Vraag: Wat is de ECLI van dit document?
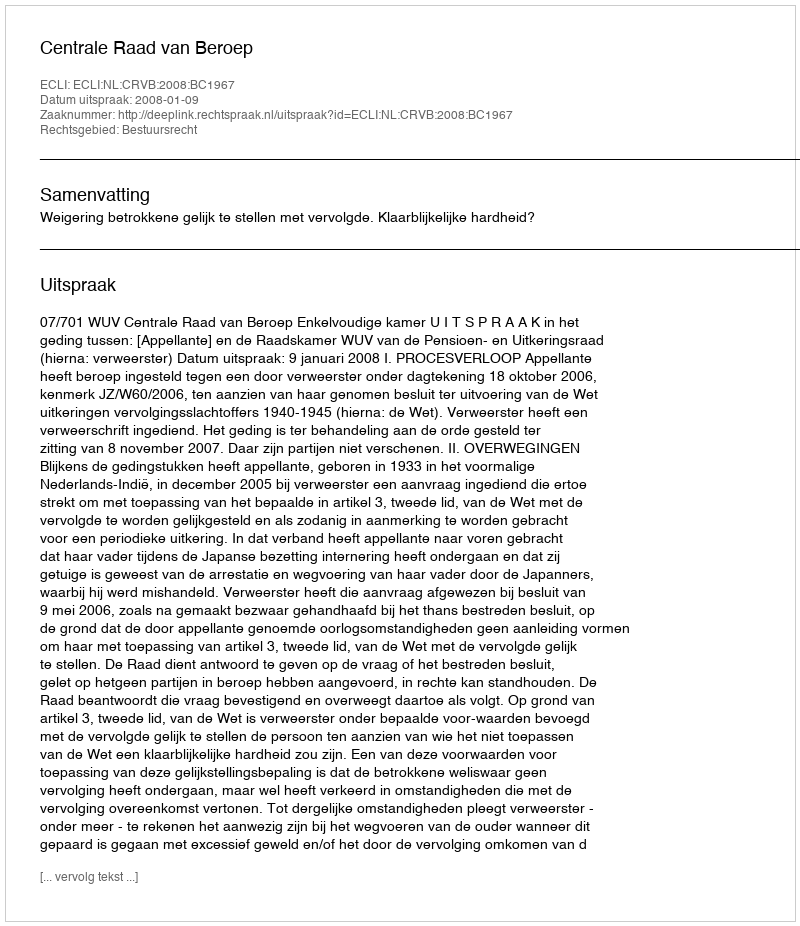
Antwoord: ECLI:NL:CRVB:2008:BC1967